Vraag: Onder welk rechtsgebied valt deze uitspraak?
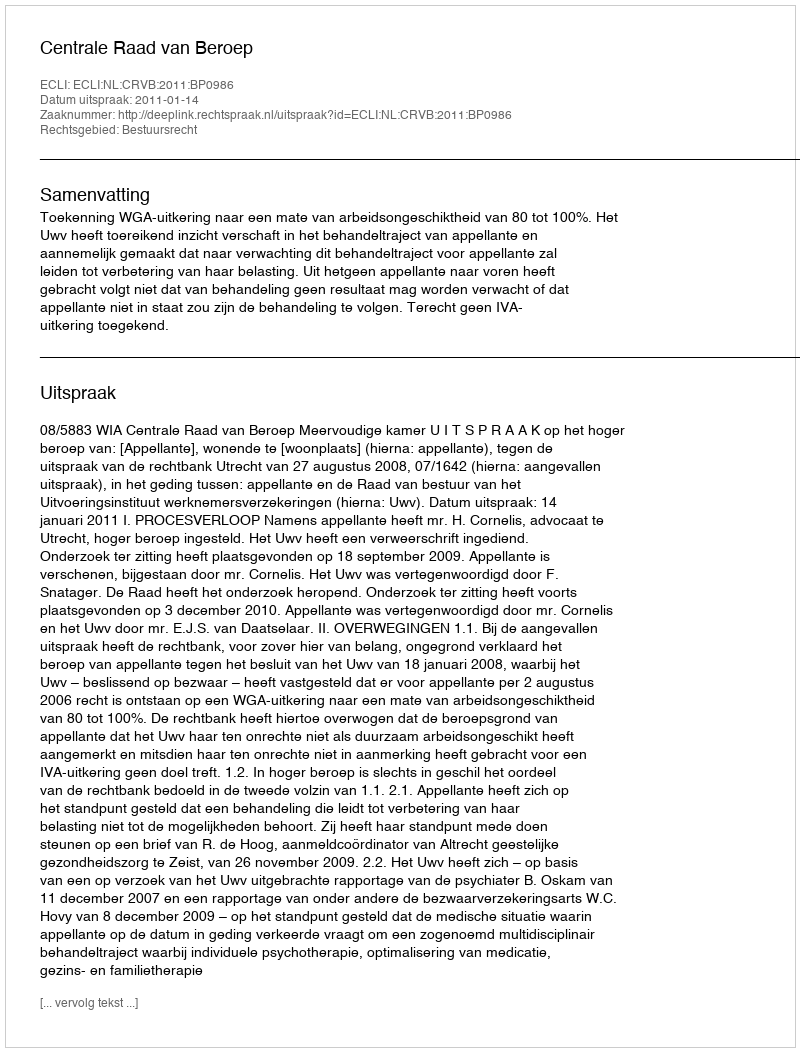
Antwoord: Bestuursrecht